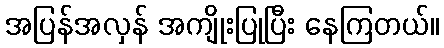
အပြန်အလှန် အကျိုးပြုပြီး နေကြတယ်။